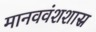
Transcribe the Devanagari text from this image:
मानववंशशास्र